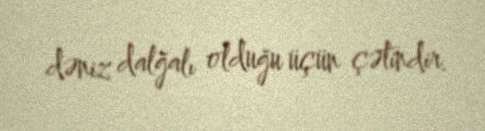
dəniz dalğalı olduğu üçün çətindir.